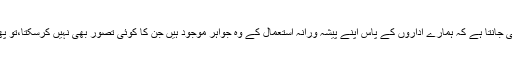
عام آدمی بخوبی جانتا ہے کہ ہمارے اداروں کے پاس اپنے پیشہ ورانہ استعمال کے وہ جواہر موجود ہیں جن کا کوئی تصور بھی نہیں کرسکتا،تو پھر کون ہو تم ؟